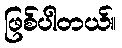
ဖြစ်ပါတယ်။